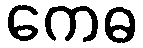
ကေဓ